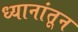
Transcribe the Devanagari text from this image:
ध्यानांतून